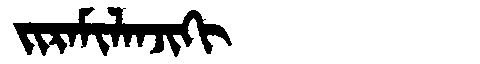
Manchu: ᠵᡳᡵᠠᠮᡳᠯᠠᠨᠵᡳᡴᡳ
Romanization: JIRAMILANJIKI